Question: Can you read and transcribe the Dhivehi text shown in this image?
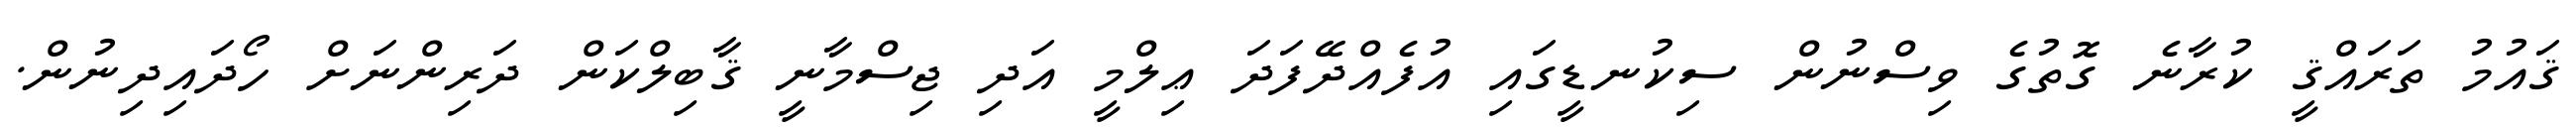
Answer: ޤައުމު ތަރައްޤީ ކުރާނެ ގޮތުގެ ވިސްނުން ސިކުނޑީގައި އުފެއްދޭފަދަ ޢިލްމީ އަދި ޖިސްމާނީ ޤާބިލްކަން ދަރިންނަށް ހޯދައިދިނުން.